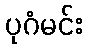
ပုဂံမင်း